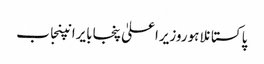
پاکستانلاہوروزیراعلیٰ پنجابایرانپنجاب